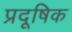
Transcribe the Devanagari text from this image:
प्रदूषिक